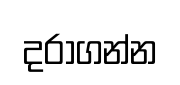
දරාගන්න